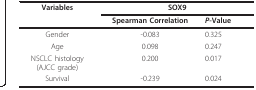
| Variables | <COLSPAN=2> SOX9 |
 |  | Spearman Correlation | P-Value |
 | --- | --- | --- |
 | Gender | -0.083 | 0.325 |
 | Age | 0.098 | 0.247 |
 | NSCLC histology(AJCC grade) | 0.200 | 0.017 |
 | Survival | -0.239 | 0.024 |